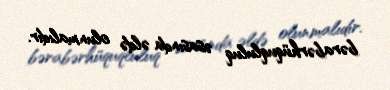
bərabərhüquqluluq əsasında əldə olunmalıdır.